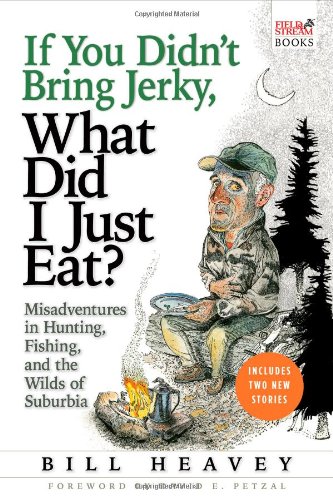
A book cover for If You Didn't Bring Jerky, What Did I Just Eat: Misadventures in Hunting, Fishing, and the Wilds of Suburbia; Bill Heavey; Humor & Entertainment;